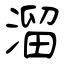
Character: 溜